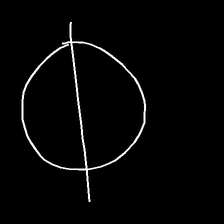
Glyph: orb